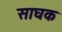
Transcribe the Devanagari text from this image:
साघक